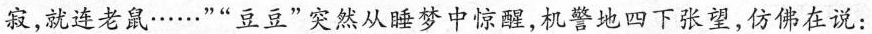
寂，就连老鼠……””豆豆”突然从睡梦中惊醒，机警地四下张望，仿佛在说：